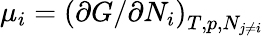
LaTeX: \mu_{i}=\left({\partial G}/{\partial N_{i}}\right)_{T,p,N_{j\neq i}}